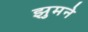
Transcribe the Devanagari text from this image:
झुमने